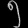
Digit: ၅